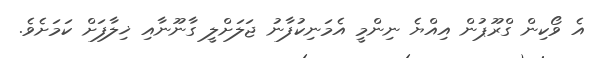
އެ ވޯކިން ގްރޫޕުން އިއްޔެ ނިންމީ އެމަނިކުފާނު ޖަލަށްލީ ގާނޫނާއި ޚިލާފަށް ކަމަށެވެ.